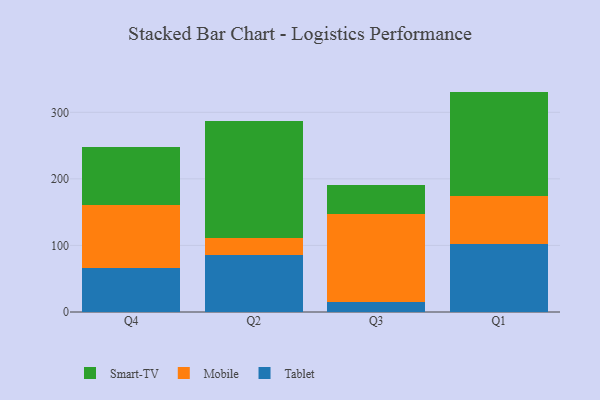
{"axis": {"x": "Quarter", "y": "Website Visitors"}, "legend": ["Mobile", "Smart-TV", "Tablet"], "data": [{"x": "Q4", "y": 66.8, "type": "Tablet"}, {"x": "Q4", "y": 94.0, "type": "Mobile"}, {"x": "Q4", "y": 87.0, "type": "Smart-TV"}, {"x": "Q2", "y": 85.3, "type": "Tablet"}, {"x": "Q2", "y": 25.5, "type": "Mobile"}, {"x": "Q2", "y": 175.4, "type": "Smart-TV"}, {"x": "Q3", "y": 15.6, "type": "Tablet"}, {"x": "Q3", "y": 132.2, "type": "Mobile"}, {"x": "Q3", "y": 42.4, "type": "Smart-TV"}, {"x": "Q1", "y": 102.9, "type": "Tablet"}, {"x": "Q1", "y": 71.4, "type": "Mobile"}, {"x": "Q1", "y": 156.8, "type": "Smart-TV"}]}